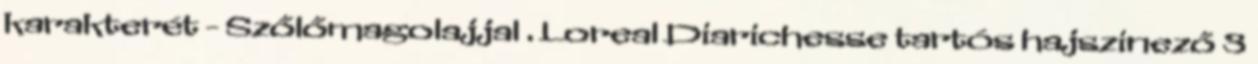
karakterét - Szőlőmagolajjal . Loreal Diarichesse tartós hajszinező 3